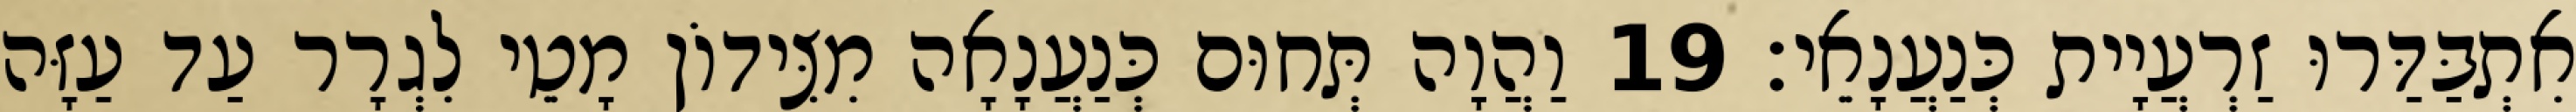
אִתְבַּדַּרוּ זַרְעֲיָית כְּנַעֲנָאֵי׃ 19 וַהֲוָה תְּחוּם כְּנַעֲנָאָה מִצִּידוֹן מָטֵי לִגְרָר עַד עַזָּה